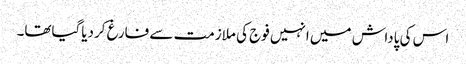
اس کی پاداش میں انہیں فوج کی ملازمت سے فارغ کردیاگیاتھا۔